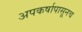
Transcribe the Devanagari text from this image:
अपकर्षापासूनच